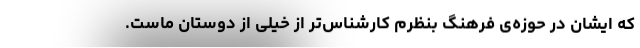
که ایشان در حوزه‌ی فرهنگ بنظرم کارشناس‌تر از خیلی از دوستان ماست.